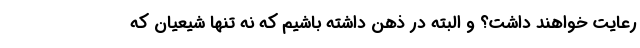
رعایت خواهند داشت؟ و البته در ذهن داشته باشیم که نه تنها شیعیان که